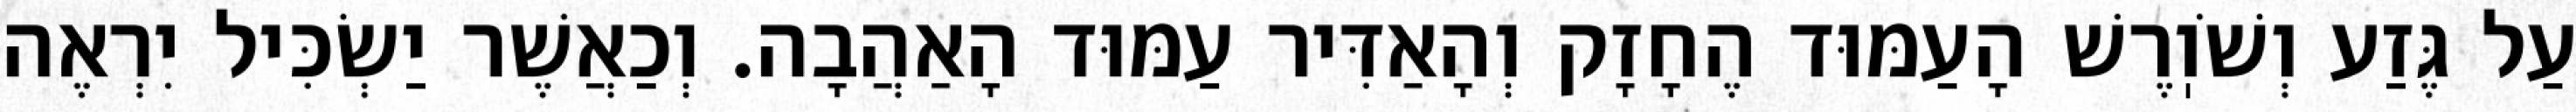
עַל גֶּזַע וְשֹׁוֽרֶשׁ הָעַמּוּד הֶחָזָק וְהָאַדִּיר עַמּוּד הָאַהֲבָה. וְכַאֲשֶׁר יַשְׂכִּיל יִרְאֶה